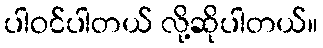
ပါဝင်ပါတယ် လို့ဆိုပါတယ်။